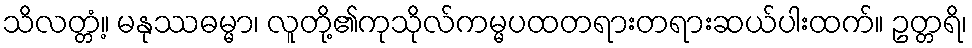
သိလတ္တံ့။ မနုဿဓမ္မာ၊ လူတို့၏ကုသိုလ်ကမ္မပထတရားတရားဆယ်ပါးထက်။ ဥတ္တရိ၊